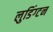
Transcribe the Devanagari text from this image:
लुडिंग्टन